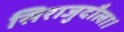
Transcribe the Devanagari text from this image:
सिराजुदौला।